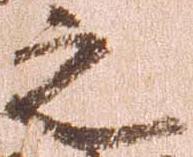
之